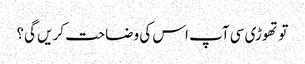
تو تھوڑی سی آپ اس کی وضاحت کریں گی؟